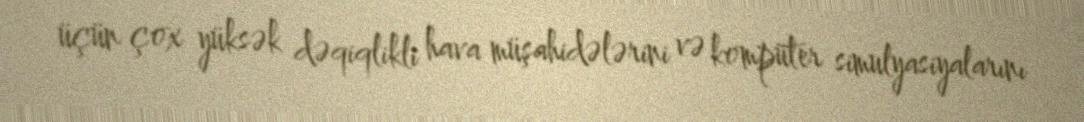
üçün çox yüksək dəqiqlikli hava müşahidələrini və kompüter simulyasiyalarını